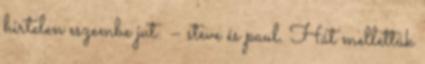
hirtelen eszembe jut: – steve és paul. Hát mellettük